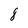
Character: 8